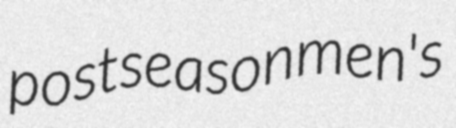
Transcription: postseason men's